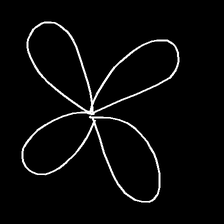
Glyph: billowing